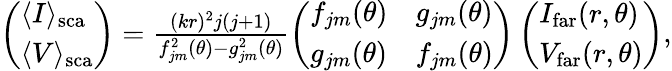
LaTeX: \begin{array}{r}{\left(\begin{array}{l}{\langle I\rangle_{\mathrm{{sca}}}}\\ {\langle V\rangle_{\mathrm{sca}}}\end{array}\right)=\frac{(kr)^{2}j(j+1)}{f_{jm}^{2}(\theta)-g_{jm}^{2}(\theta)}\left(\begin{array}{ll}{f_{jm}(\theta)}&{g_{jm}(\theta)}\\ {g_{jm}(\theta)}&{f_{jm}(\theta)}\end{array}\right)\left(\begin{array}{l}{I_{\mathrm{far}}(r,\theta)}\\ {V_{\mathrm{far}}(r,\theta)}\end{array}\right),}\end{array}